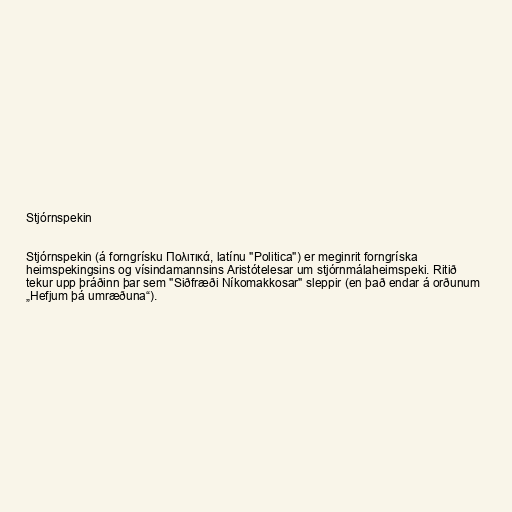
Stjórnspekin

Stjórnspekin (á forngrísku Πολιτικά, latínu "Politica") er meginrit forngríska
heimspekingsins og vísindamannsins Aristótelesar um stjórnmálaheimspeki. Ritið
tekur upp þráðinn þar sem "Siðfræði Níkomakkosar" sleppir (en það endar á orðunum
„Hefjum þá umræðuna“).